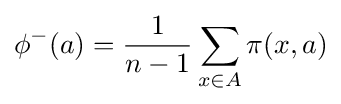
\phi ^{-}(a)={\frac {1}{n-1}}\displaystyle \sum _{x\in A}\pi (x,a)